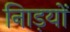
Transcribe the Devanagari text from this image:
नािड़यों